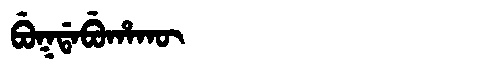
Manchu: ᠪᡠᡴᡩᠠᠪᡠᡥᠠᡴᡡ
Romanization: BUKDABUHAKŪ